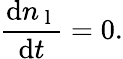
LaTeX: \frac{\mathrm{d}n_{\mathrm{~l~}}}{\mathrm{d}t}=0.